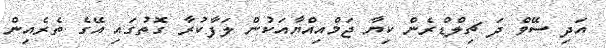
އަދި ސޭވް ދަ ޗިލްޑްރެން ކިޔާ ޖަމްއިއްޔާއަކުން ލަފާކުރާ ގޮތުގައި އޭގެ ތެރެއިން